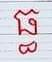
ធ្ធ